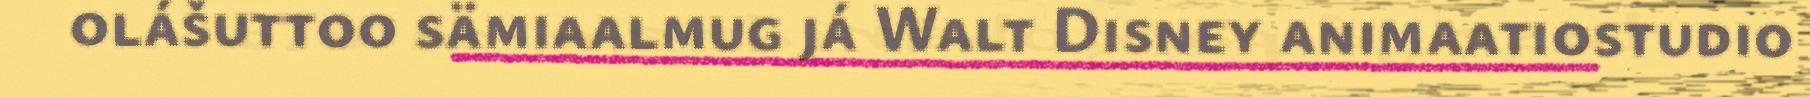
olášuttoo sämiaalmug já Walt Disney animaatiostudio